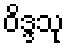
ဝိဒ္ဒသု